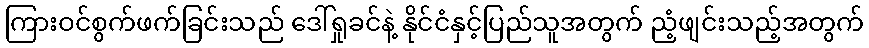
ကြားဝင်စွက်ဖက်ခြင်းသည် ဒေါ်ရှုခင်နဲ့ နိုင်ငံနှင့်ပြည်သူအတွက် ညံ့ဖျင်းသည့်အတွက်